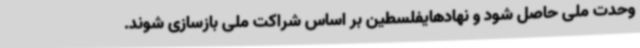
وحدت ملی حاصل شود و نهادهایفلسطین بر اساس شراکت ملی بازسازی شوند.